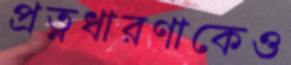
প্রত্নধারণাকেও